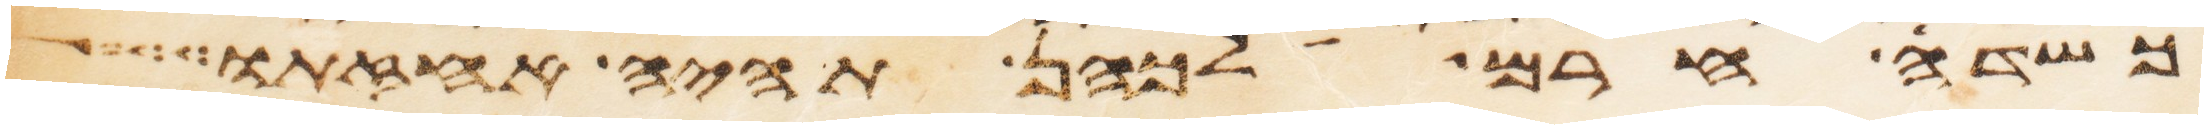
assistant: כשדה החרם לכהן תהיה אחזתו